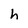
Character: h